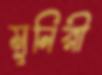
মুনিরী